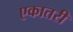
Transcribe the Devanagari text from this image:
एकातरी